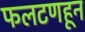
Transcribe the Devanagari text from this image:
फलटणहून